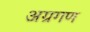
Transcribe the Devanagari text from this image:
अग्रगण